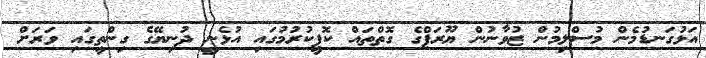
އަޅުގަނޑުމެން މުސްލިމުން ޒުވާނުން ޔޫރަޕްގެ ގޮތްތައް ކޮޕީކުރުމުގައި އުޅެނީ ދުނިޔޭގެ ގިންތީގައި ވަރަށް